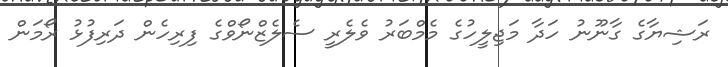
ރަޝިޔާގެ ގާނޫނު ހަދާ މަޖިލީހުގެ މެމްބަރު ވެލެރީ ސެލެޒްނޯވްގެ ފިރިހެން ދަރިފުޅު ރޯމަން